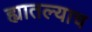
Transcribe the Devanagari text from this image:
ह्यातल्याच